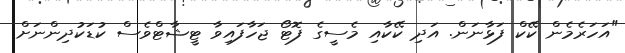
"އަހަރެމެން ކޭކް ފަޅާނަން. އަދި ކޭކާއި މެސީގެ ފޮޓޯ ޖަހާފައިވާ ޓީޝާޓްވެސް ކުޑަކުދިންނަށް